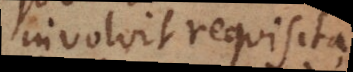
involvit requisita